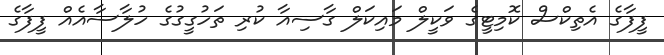
ފީފާގެ އެތިކްސް ކޮމިޓީގެ ވަކީލް މައިކަލް ގާސިއާ ކުރި ތަހުގީގުގެ ހުލާސާއެއް ފީފާގެ